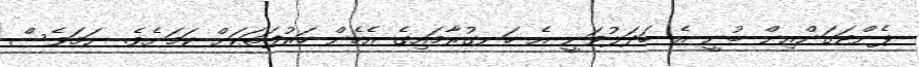
ޕެންޓަގަންއިން ބުނީ އެ ބަދަލުވަނީ އެ ހަނގުރާމައިގެ އެެހެން ހަރުފަތަކަށް ކަމަށެވެ. ނަމަވެސް